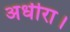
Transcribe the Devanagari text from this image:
अधीरा।